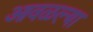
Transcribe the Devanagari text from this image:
आवळल्या